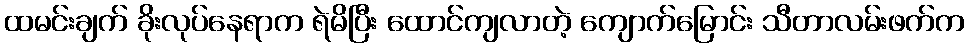
ထမင်းချက် ခိုးလုပ်နေရာက ရဲမိပြီး ထောင်ကျလာတဲ့ ကျောက်မြောင်း သီတာလမ်းဖက်က